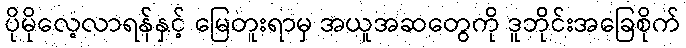
ပိုမိုလေ့လာရန်နှင့် မြေတူးရာမှ အယူအဆတွေကို ဒူဘိုင်းအခြေစိုက်